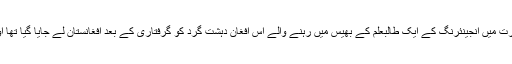
اخبار نے اعلیٰ سفارتی اور خفیہ ذرائع کے حوالے سے مزید تحریر کیا ہے کہ بھارت میں انجینئرنگ کے ایک طالبعلم کے بھیس میں رہنے والے اس افغان دہشت گرد کو گرفتاری کے بعد افغانستان لے جایا گیا تھا اور خیال ہے کہ وہ وہاں اس کو امریکہ کے اہم فوجی اڈے پر قید میں رکھا گیا ہے۔